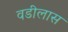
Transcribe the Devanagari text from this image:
वडीलास